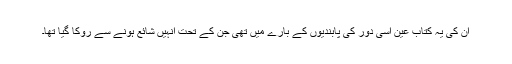
ان کی یہ کتاب عین اسی دور کی پابندیوں کے بارے میں تھی جن کے تحت انہیں شائع ہونے سے روکا گیا تھا۔